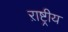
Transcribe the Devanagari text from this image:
ऱाष्ट्रीय